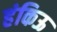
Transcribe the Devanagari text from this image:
हंकिऊ